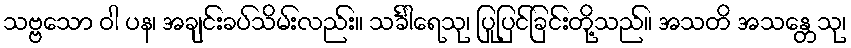
သဗ္ဗသော ဝါ ပန၊ အချင်းခပ်သိမ်းလည်း။ သင်္ခါရေသု၊ ပြုပြင်ခြင်းတို့သည်။ အသတိ အသန္တေသု၊